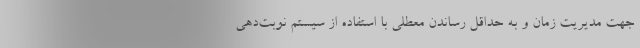
جهت مدیریت زمان و به حداقل رساندن معطلی با استفاده از سیستم نوبت‌دهی